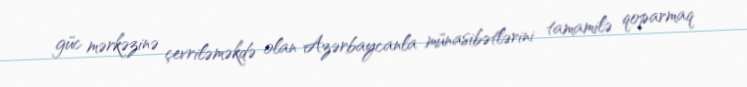
güc mərkəzinə çevriləməkdə olan Azərbaycanla münasibətlərini tamamilə qoparmaq